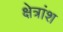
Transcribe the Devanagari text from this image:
क्षेत्रांश